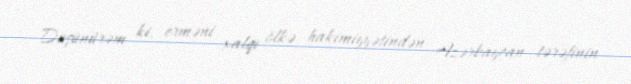
Düşünürəm ki, erməni xalqı ölkə hakimiyyətindən Azərbaycan tərəfinin